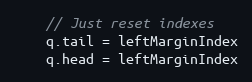
Language: Go
	// Just reset indexes
	q.tail = leftMarginIndex
	q.head = leftMarginIndex